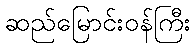
ဆည်မြောင်းဝန်ကြီး